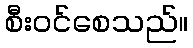
စီးဝင်စေသည်။